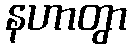
နဟာတွာ